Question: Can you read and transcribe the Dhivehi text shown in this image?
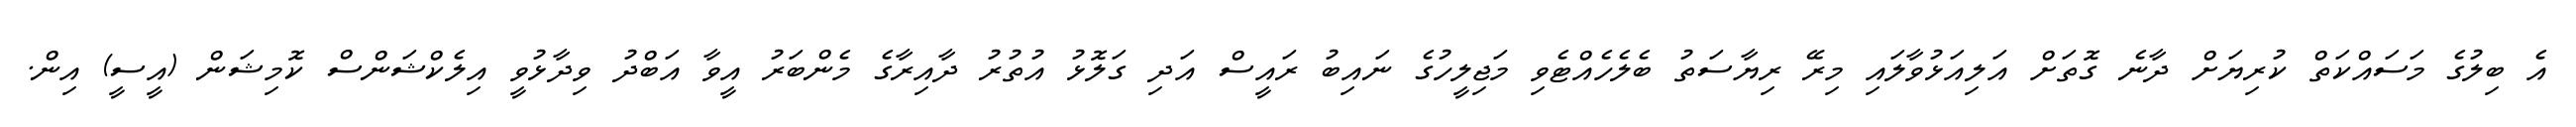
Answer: އެ ބިލުގެ މަސައްކަތް ކުރިޔަށް ދާނެ ގޮތަށް އަލިއަޅުވާލައި މިރޭ ރިޔާސަތު ބެލެހެއްޓެވި މަޖިލީހުގެ ނައިބު ރައީސް އަދި ގަލޮޅު އުތުރު ދާއިރާގެ މެންބަރު އީވާ އަބްދު ވިދާޅުވީ އިލެކްޝަންސް ކޮމިޝަން (އީސީ) އިން.